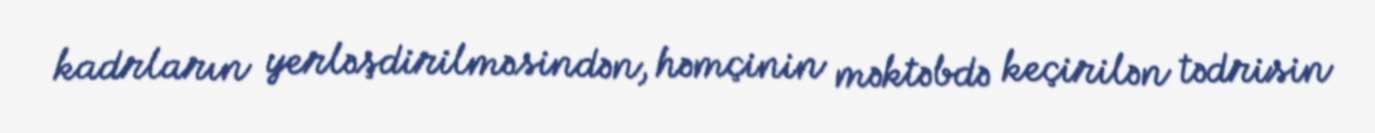
kadrların yerləşdirilməsindən, həmçinin məktəbdə keçirilən tədrisin